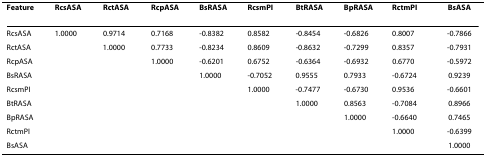
<table><thead><tr><td><b>Feature</b></td><td><b>RcsASA</b></td><td><b>RctASA</b></td><td><b>RcpASA</b></td><td><b>BsRASA</b></td><td><b>RcsmPI</b></td><td><b>BtRASA</b></td><td><b>BpRASA</b></td><td><b>RctmPI</b></td><td><b>BsASA</b></td></tr></thead><tbody><tr><td>RcsASA</td><td>1.0000</td><td>0.9714</td><td>0.7168</td><td>-0.8382</td><td>0.8582</td><td>-0.8454</td><td>-0.6826</td><td>0.8007</td><td>-0.7866</td></tr><tr><td>RctASA</td><td></td><td>1.0000</td><td>0.7733</td><td>-0.8234</td><td>0.8609</td><td>-0.8632</td><td>-0.7299</td><td>0.8357</td><td>-0.7931</td></tr><tr><td>RcpASA</td><td></td><td></td><td>1.0000</td><td>-0.6201</td><td>0.6752</td><td>-0.6364</td><td>-0.6932</td><td>0.6770</td><td>-0.5972</td></tr><tr><td>BsRASA</td><td></td><td></td><td></td><td>1.0000</td><td>-0.7052</td><td>0.9555</td><td>0.7933</td><td>-0.6724</td><td>0.9239</td></tr><tr><td>RcsmPI</td><td></td><td></td><td></td><td></td><td>1.0000</td><td>-0.7477</td><td>-0.6730</td><td>0.9536</td><td>-0.6601</td></tr><tr><td>BtRASA</td><td></td><td></td><td></td><td></td><td></td><td>1.0000</td><td>0.8563</td><td>-0.7084</td><td>0.8966</td></tr><tr><td>BpRASA</td><td></td><td></td><td></td><td></td><td></td><td></td><td>1.0000</td><td>-0.6640</td><td>0.7465</td></tr><tr><td>RctmPI</td><td></td><td></td><td></td><td></td><td></td><td></td><td></td><td>1.0000</td><td>-0.6399</td></tr><tr><td>BsASA</td><td></td><td></td><td></td><td></td><td></td><td></td><td></td><td></td><td>1.0000</td></tr></tbody></table>